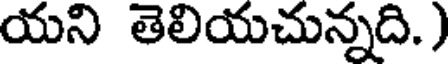
యని తెలియచున్నది.)